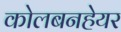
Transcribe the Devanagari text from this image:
कोलबनहेयर